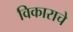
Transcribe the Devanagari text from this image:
विकाराचे